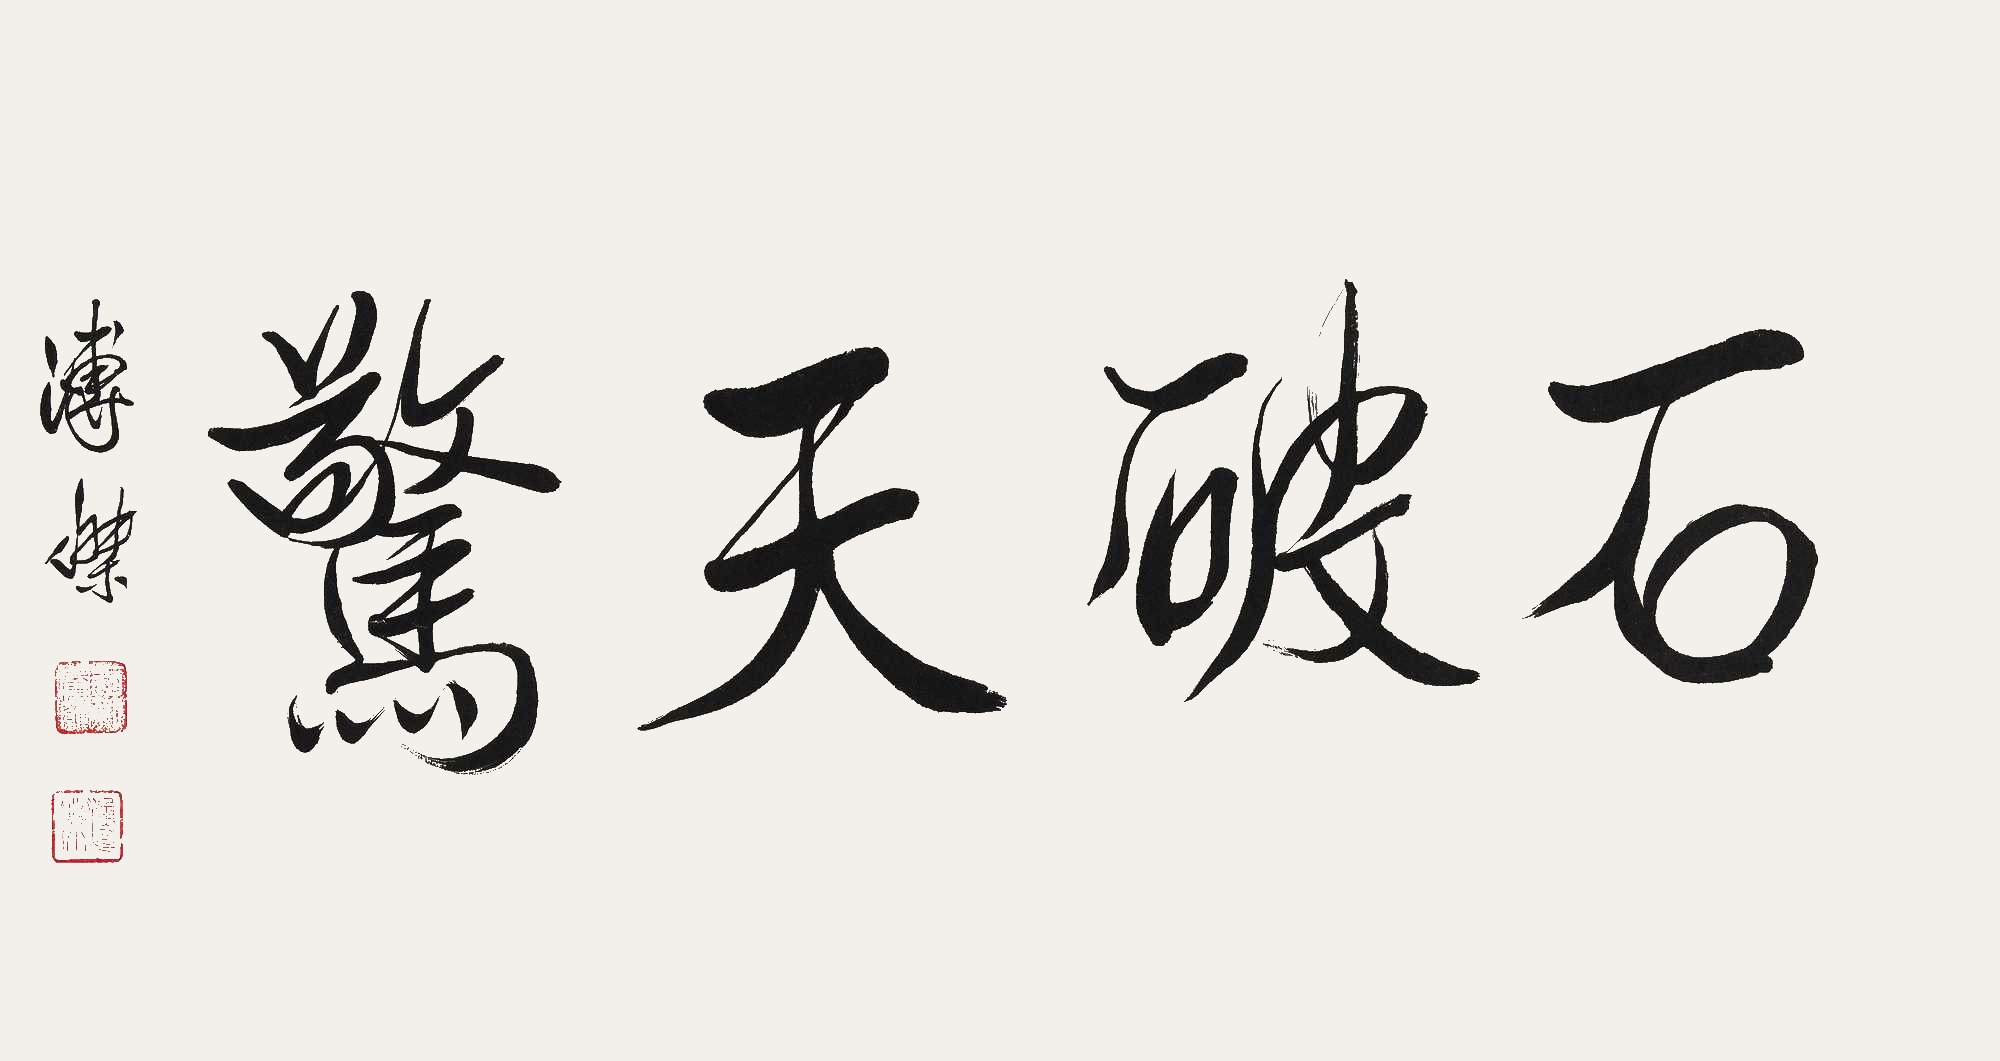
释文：石破天惊溥杰